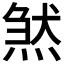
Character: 𤋣